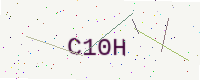
Text: C10H